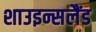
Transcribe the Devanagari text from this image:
शाउइन्सलैंड